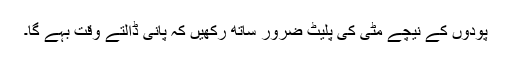
پودوں کے نیچے مٹی کی پلیٹ ضرور ساتھ رکھیں کہ پانی ڈالتے وقت بہے گا۔